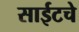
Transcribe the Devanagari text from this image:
साईटचे